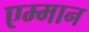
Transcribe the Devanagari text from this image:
एम्मान